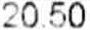
20.50